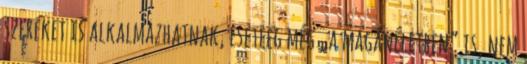
szereket is al­kal­mazhatnak, e­set­leg még „a magánéletben” is, nem